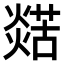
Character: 𤐞